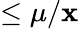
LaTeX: \leq\mu/\mathbf{x}